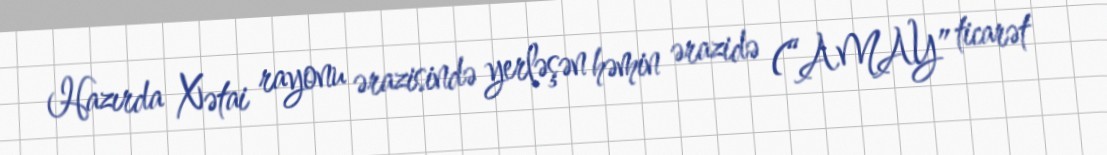
Hazırda Xətai rayonu ərazisində yerləşən həmin ərazidə (“AMAY” ticarət